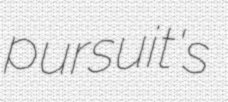
pursuit's